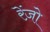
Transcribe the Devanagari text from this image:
रेंज़ो